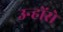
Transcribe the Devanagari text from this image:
उन्होंसे